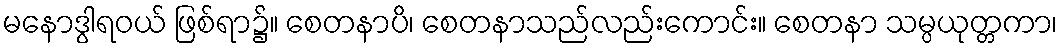
မနောဒွါရဝယ် ဖြစ်ရာ၌။ စေတနာပိ၊ စေတနာသည်လည်းကောင်း။ စေတနာ သမ္ပယုတ္တကာ၊